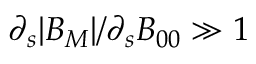
\partial _ { s } | B _ { M } | / \partial _ { s } B _ { 0 0 } \gg 1